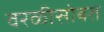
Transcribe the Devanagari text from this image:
वरळीसोबत